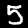
Label: 5